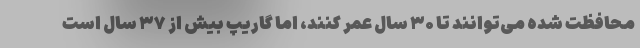
محافظت شده می‌توانند تا ۳۰ سال عمر کنند، اما گاریپ بیش از ۳۷ سال است